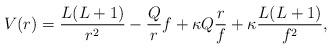
LaTeX: \begin{align*} V(r) = \frac{L(L+1)}{r^2} - \frac{Q}{r}f + \kappa Q \frac{r}{f} + \kappa \frac{L(L+1)}{f^2}, \end{align*}